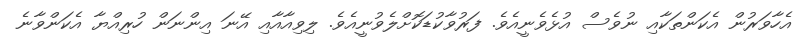
އެހާވަރުން އެކަންތަކާއި ނުވެސް އުޅެވެނީއެވެ. ފަރުވާކުޑަކޮށްލެވުނީއެވެ. ލިވިއާއާއި އޭނަ އިންނަން ހުރިއްޔާ އެކަންވާނެ